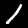
Label: 1